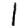
Digit: 1